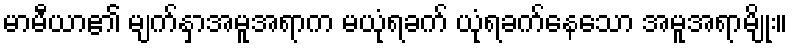
မာမီယာ၏ မျက်နှာအမူအရာက မယုံရခက် ယုံရခက်နေသော အမူအရာမျိုး။